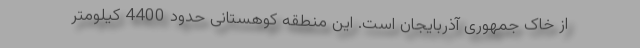
از خاک جمهوری آذربایجان است. این منطقه کوهستانی حدود 4400 کیلومتر